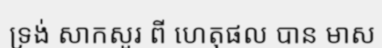
ទ្រង់ សាកសួរ ពី ហេតុផល បាន មាស